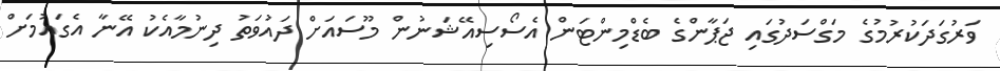
ވަރުގަދަކުރުމުގެ މަގްސަދުގައި ޖަޕާންގެ ބެޑްމިންޓަން އެސޯސިއޭޝަނުން މޫސައަށް ދައުވަތު ދިނުމާއެކު އޭނާ އެގައުމަށް